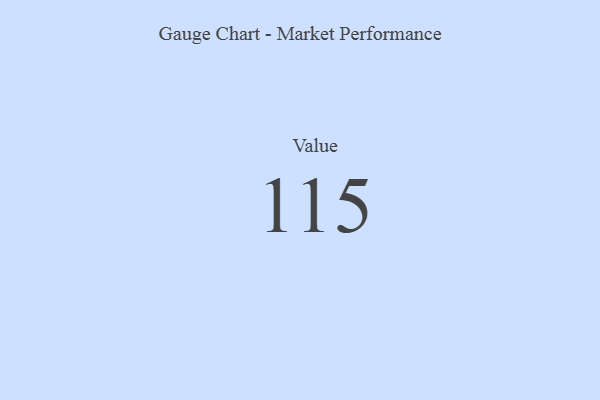
{"axis": {"x": "Metric", "y": "Value"}, "legend": [""], "data": [{"x": "Value", "y": 115, "type": ""}]}